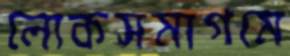
লোকসমাগমে